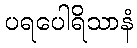
ပရပေါရိသာနံ